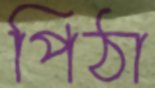
পিঠা